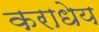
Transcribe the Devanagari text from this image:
कराधेय